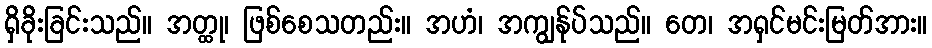
ရှိခိုးခြင်းသည်။ အတ္ထု၊ ဖြစ်စေသတည်း။ အဟံ၊ အကျွန်ုပ်သည်။ တေ၊ အရှင်မင်းမြတ်အား။